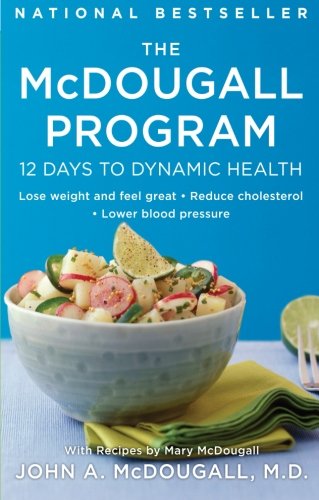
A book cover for The McDougall Program: 12 Days to Dynamic Health (Plume); John A. McDougall; Cookbooks, Food & Wine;